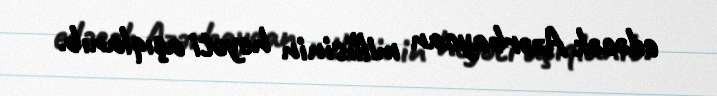
edəcək Azərbaycan millisinin heyəti açıqlanıb.